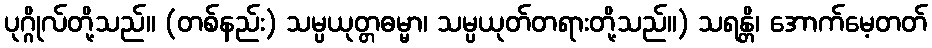
ပုဂ္ဂိုလ်တို့သည်။ (တစ်နည်း) သမ္ပယုတ္တဓမ္မာ၊ သမ္ပယုတ်တရားတို့သည်။) သရန္တိ၊ အောက်မေ့တတ်